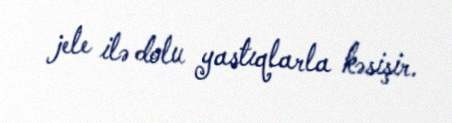
jele ilə dolu yastıqlarla kəsişir.